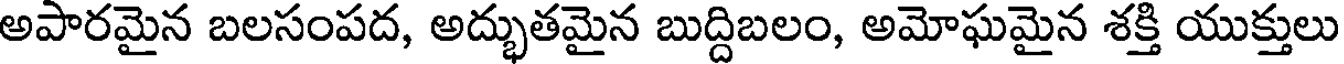
అపారమైన బలసంపద, అద్భుతమైన బుద్దిబలం, అమోఘమైన శక్తి యుక్తులు